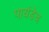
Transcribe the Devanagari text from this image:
पायंडेच